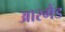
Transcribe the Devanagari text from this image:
आरगैंड